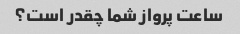
ساعت پرواز شما چقدر است؟